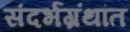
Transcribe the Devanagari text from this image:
संदर्भग्रंथांत